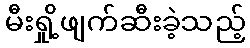
မီးရှို့ဖျက်ဆီးခဲ့သည့်